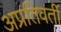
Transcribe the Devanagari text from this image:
अप्रतिवर्ती